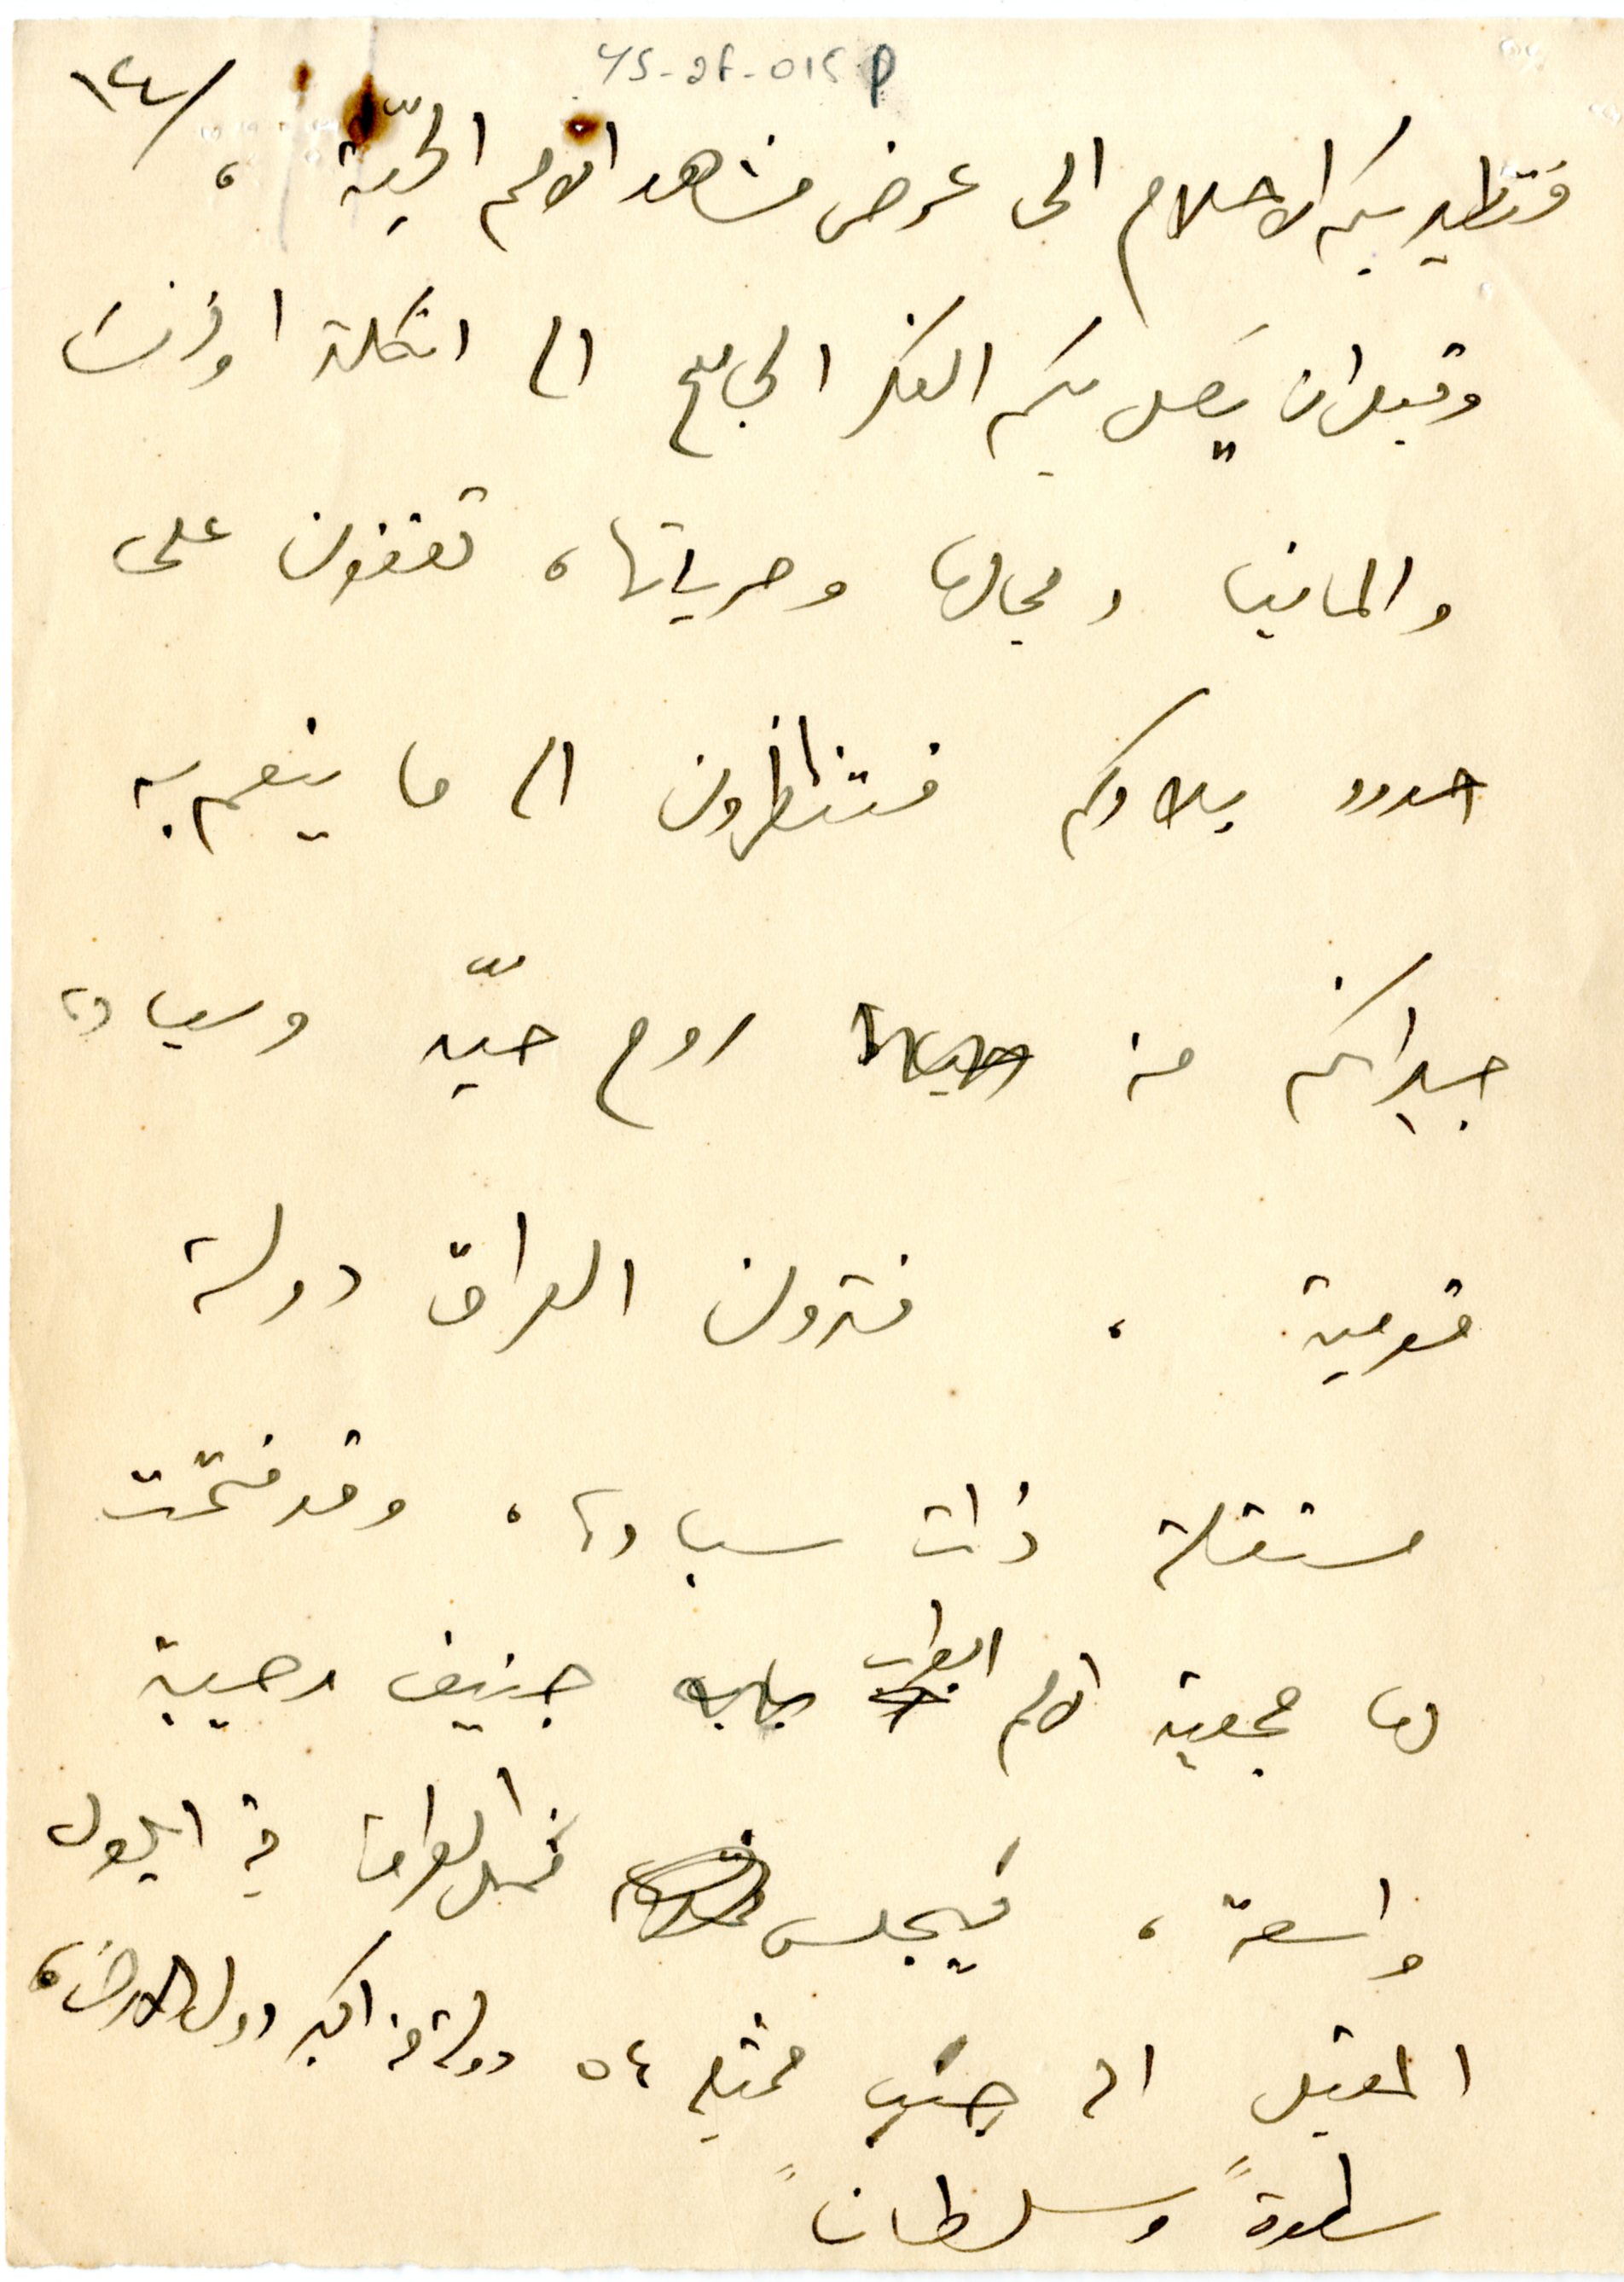
١٤	YS_2F_015P
فتطير بكم الاحلام الى عرض مشاهد الامم الحيّة،
وقبل ان يَصل بكم الفكر الجامع الى انكلترا او فرنسَا
والمانيا ومجالها وحرياتها، تقفون على
حدود بلادكم فتنظرون الى ما ينعم به
جيرانكم من روح حيّه وسيادة
قومية، فترون العراق دولة
مستقلا ذات سيادة، وقد فتحت
لها جمعية الامم ابواب جنيف مهيبة
واسعة، فيجلس ممثل العراق في ايلول
المقبل الى جنب ممثلي ٥٤ دولة من اكبر دول الارض،
سطوةً وسلطانً